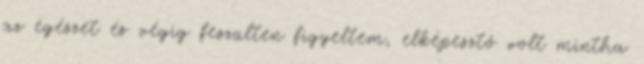
az egészet és végig feszülten figyeltem, elképesztő volt mintha